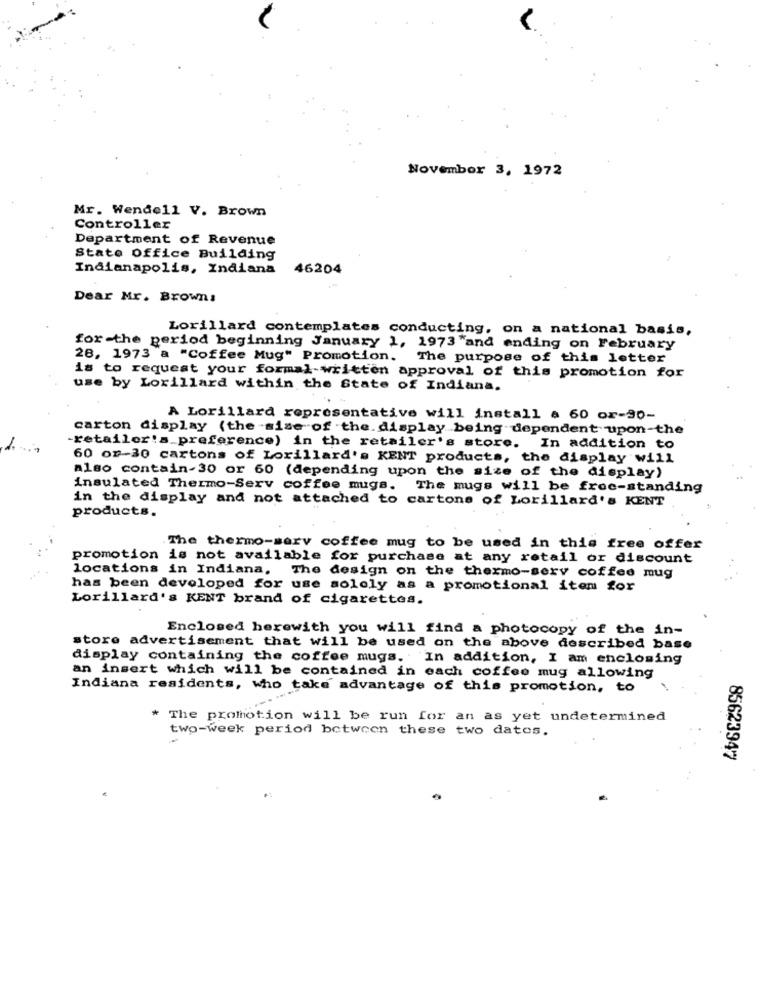
November 3, 1972
Mr. Wendell V. Brown
Controller
Department of Revenue
Stato Office Building
Indianapolis, Indiana
46204
Dear Mr. Brown:
Lorillard contemplates conducting, on a national basis,
for -the period beginning January 1, 1973 "and ending on February
28, 1973 a "Coffee Mug" Promotion. The purpose of this letter
is to request your formal-written approval of this promotion for
use by Lorillard within the State of Indiana.
A Lorillard representative will install a 60 or-30-
carton display (the -sise of the. display being dependent upon-the
-retailer's preference) in the retailer's store. In addition to
60 on-30 cartons of Lorillard's KENT products, the display will
Also contain-30 or 60 (depending upon the size of the display)
insulated Thermo-Serv coffee mugs. The mugs will be free-standing
in the display and not attached to cartons of Lorillard's KENT
products.
The thermo-serv coffee mug to be used in this free offer
promotion is not available for purchase at any retail or discount
locations in Indiana,
The design on the thermo-serv coffee mug
has been developed for use sololy as a promotional item for
Lorillard's KENT brand of cigarettes.
Enclosed herewith you will find a photocopy of the in-
store advertisement that will be used on the above described base
display containing the coffee mugs. In addition, I am enclosing
an insert which will be contained in each coffee mug allowing
Indiana residents, who take advantage of this promotion, to
* The promotion will be run for an as yet undetermined
two-week period between these two datos.
85623947